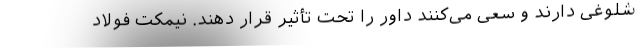
شلوغی دارند و سعی می‌کنند داور را تحت تأثیر قرار دهند. نیمکت فولاد